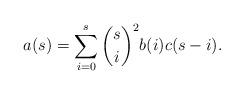
LaTeX: \begin{align*}a(s) = \sum_{i=0}^s \binom s i ^2 b(i) c (s-i).\end{align*}